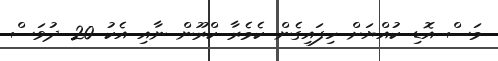
މަސް އޮޑި ކުއްޔަށް ހިފައިގެން ކެމެރާ ކްރޫން ނާއި އެކު 20 ދުވަސް